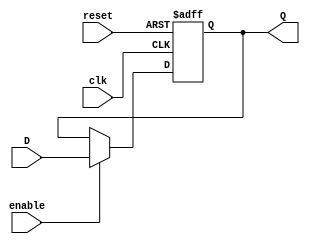
 module FF
 // Register with active-high clock & asynchronous load
 #(
	parameter WIDTH = 32
)
(
	//input/ output ports
	input			[WIDTH-1:0] D, 
	input 		clk,
	input			reset,
	input 		enable,
	output		[WIDTH-1:0] Q
);
   //variable to storage states
	reg [WIDTH-1:0] data;
	always @(posedge clk or negedge reset) 
	begin
      if (!reset)
         data <= 0;
      else
			if(enable)
         data <= D;
   end 
	assign Q = data;	
endmodule